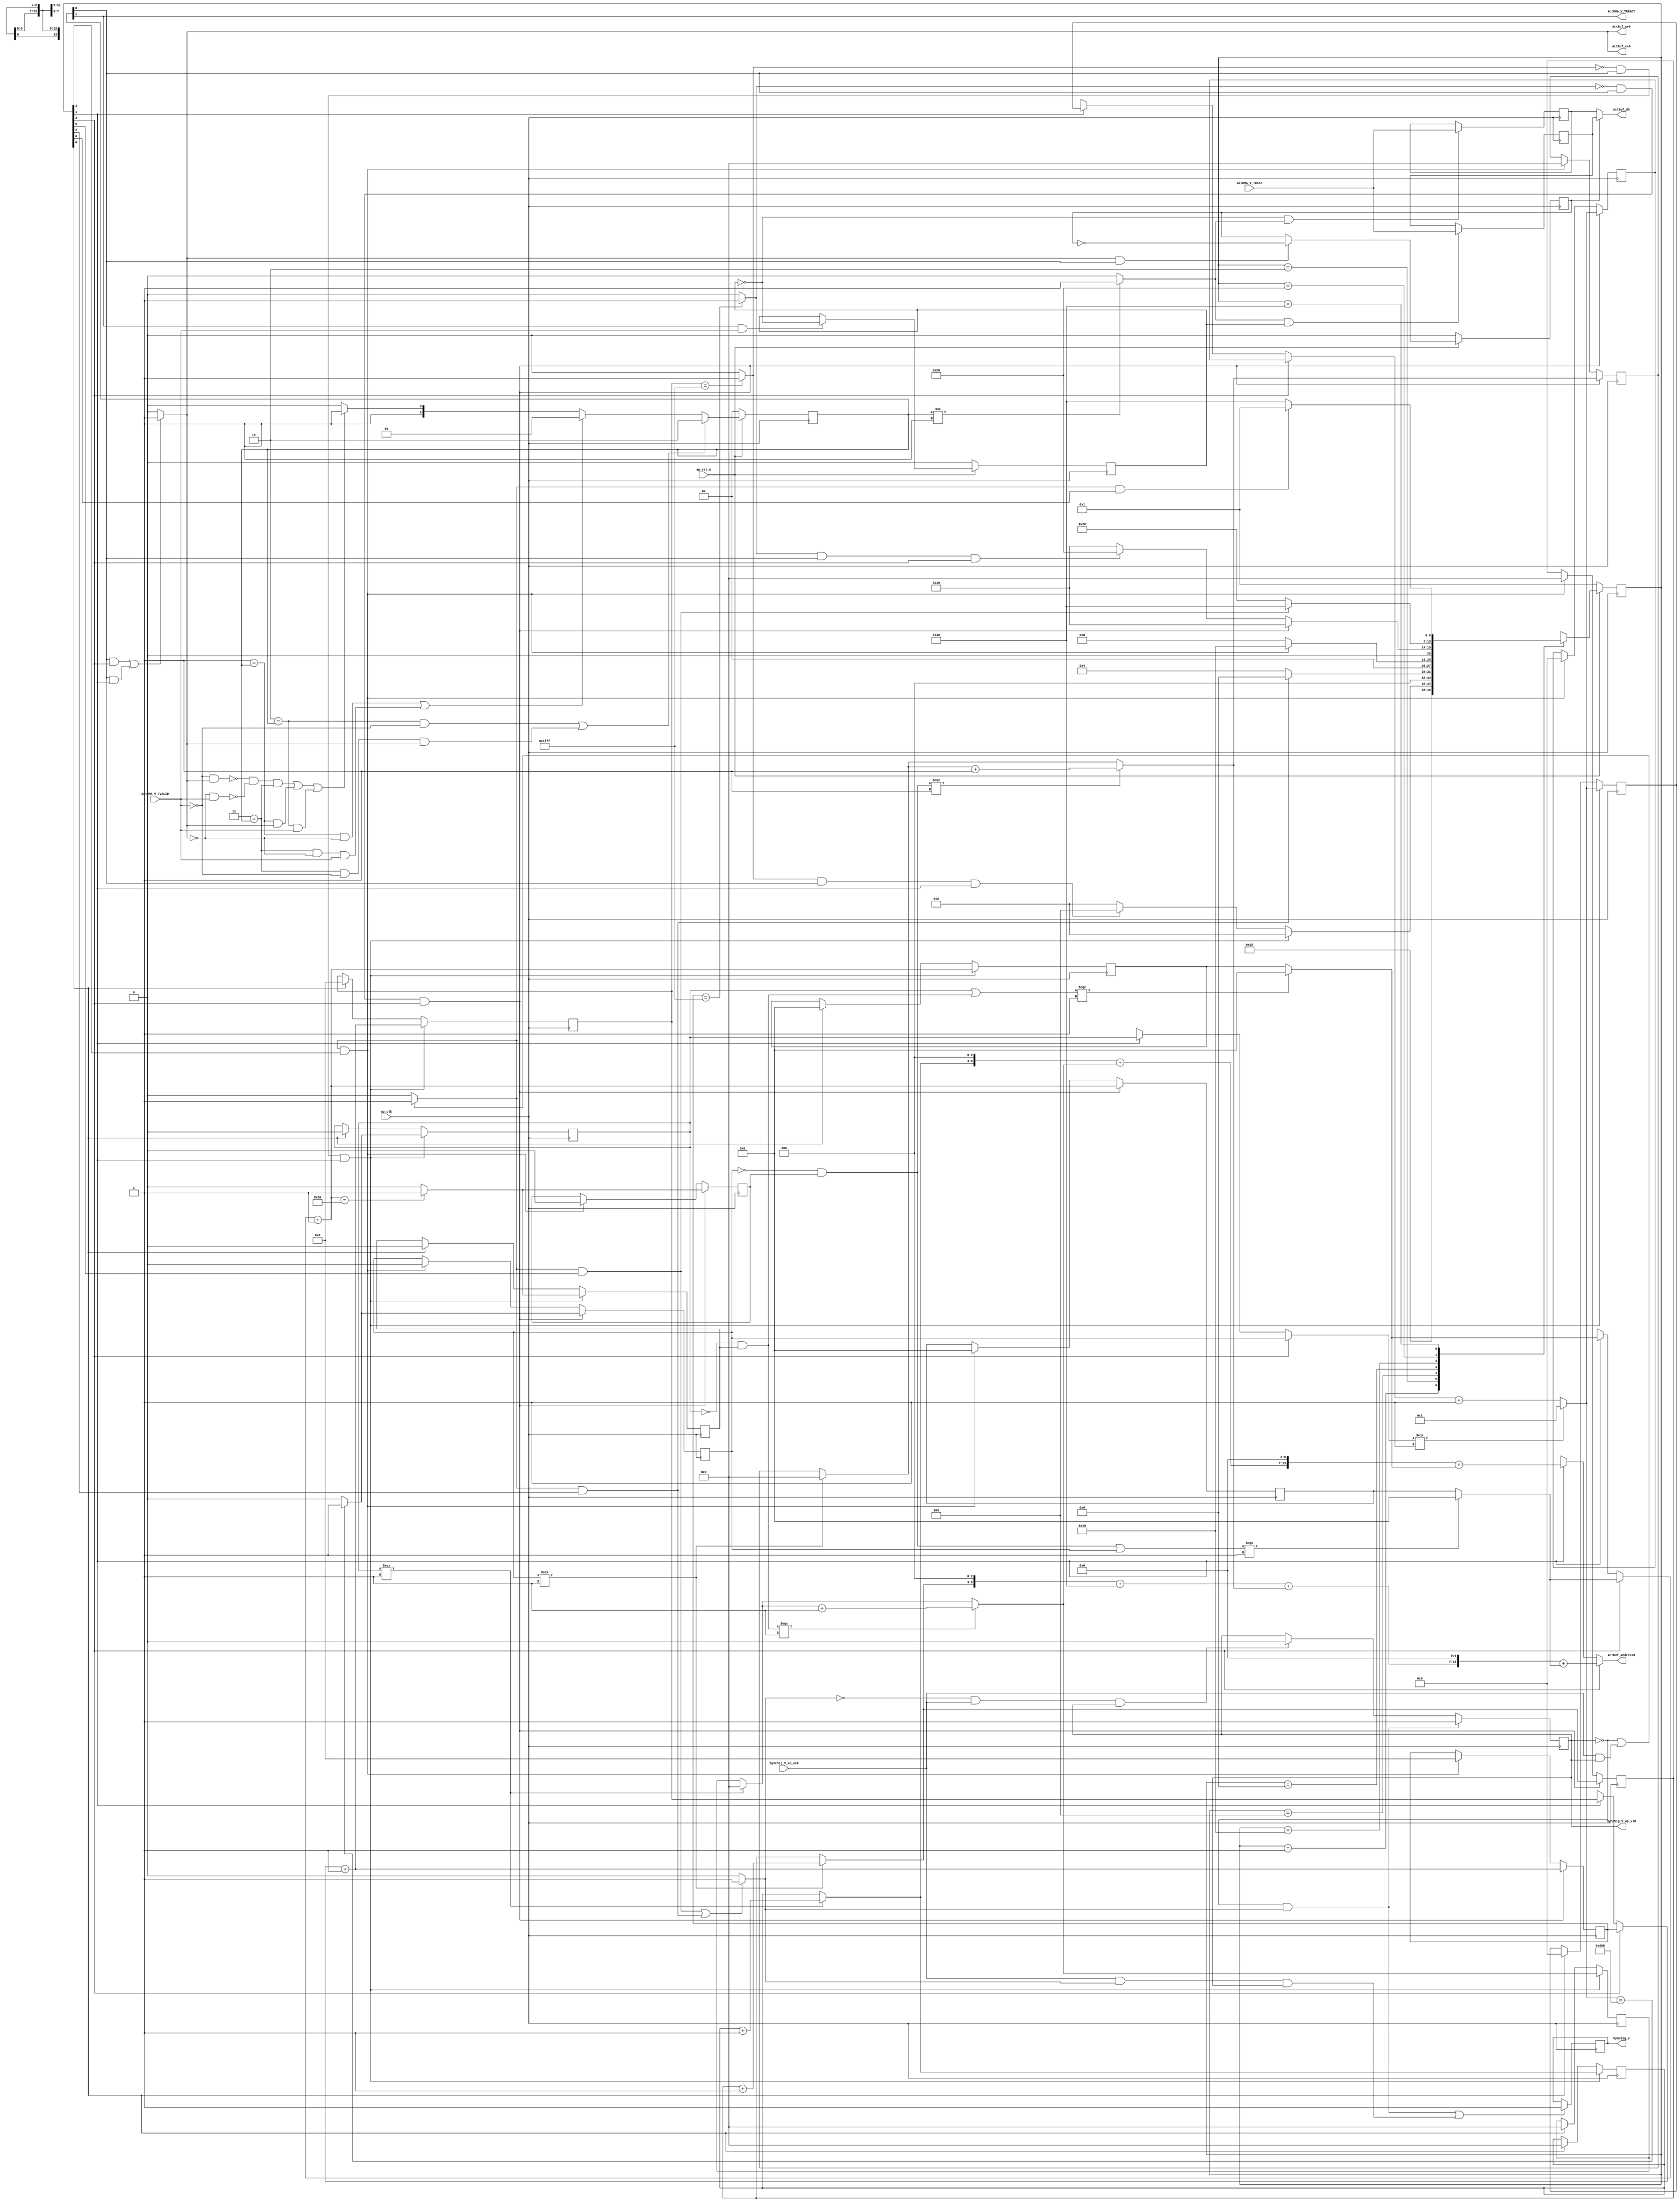
// ==============================================================
// RTL generated by Vivado(TM) HLS - High-Level Synthesis from C, C++ and SystemC
// Version: 2018.3
// Copyright (C) 1986-2018 Xilinx, Inc. All Rights Reserved.
// 
// ===========================================================

`timescale 1 ns / 1 ps 

(* CORE_GENERATION_INFO="Layer12_WriteAct,hls_ip_2018_3,{HLS_INPUT_TYPE=cxx,HLS_INPUT_FLOAT=0,HLS_INPUT_FIXED=0,HLS_INPUT_PART=xczu15eg-ffvb1156-2-i,HLS_INPUT_CLOCK=10.000000,HLS_INPUT_ARCH=others,HLS_SYN_CLOCK=4.709000,HLS_SYN_LAT=16388,HLS_SYN_TPT=none,HLS_SYN_MEM=0,HLS_SYN_DSP=0,HLS_SYN_FF=115,HLS_SYN_LUT=612,HLS_VERSION=2018_3}" *)

module Layer12_WriteAct (
        ap_clk,
        ap_rst_n,
        ActDMA_V_TDATA,
        ActDMA_V_TVALID,
        ActDMA_V_TREADY,
        SyncSig_V,
        SyncSig_V_ap_vld,
        SyncSig_V_ap_ack,
        ActBuf_address0,
        ActBuf_ce0,
        ActBuf_we0,
        ActBuf_d0
);

parameter    ap_ST_fsm_state1 = 7'd1;
parameter    ap_ST_fsm_state2 = 7'd2;
parameter    ap_ST_fsm_state3 = 7'd4;
parameter    ap_ST_fsm_state4 = 7'd8;
parameter    ap_ST_fsm_state5 = 7'd16;
parameter    ap_ST_fsm_state6 = 7'd32;
parameter    ap_ST_fsm_state7 = 7'd64;

input   ap_clk;
input   ap_rst_n;
input  [7:0] ActDMA_V_TDATA;
input   ActDMA_V_TVALID;
output   ActDMA_V_TREADY;
output   SyncSig_V;
output   SyncSig_V_ap_vld;
input   SyncSig_V_ap_ack;
output  [13:0] ActBuf_address0;
output   ActBuf_ce0;
output   ActBuf_we0;
output  [7:0] ActBuf_d0;

reg[13:0] ActBuf_address0;
reg ActBuf_ce0;
reg ActBuf_we0;

 reg    ap_rst_n_inv;
reg   [7:0] ActDMA_V_0_data_out;
wire    ActDMA_V_0_vld_in;
wire    ActDMA_V_0_vld_out;
wire    ActDMA_V_0_ack_in;
reg    ActDMA_V_0_ack_out;
reg   [7:0] ActDMA_V_0_payload_A;
reg   [7:0] ActDMA_V_0_payload_B;
reg    ActDMA_V_0_sel_rd;
reg    ActDMA_V_0_sel_wr;
wire    ActDMA_V_0_sel;
wire    ActDMA_V_0_load_A;
wire    ActDMA_V_0_load_B;
reg   [1:0] ActDMA_V_0_state;
wire    ActDMA_V_0_state_cmp_full;
reg    SyncSig_V_1_data_reg;
reg    SyncSig_V_1_vld_reg;
reg    SyncSig_V_1_vld_in;
reg    SyncSig_V_1_ack_in;
wire    SyncSig_V_1_ack_out;
reg    ActDMA_V_TDATA_blk_n;
(* fsm_encoding = "none" *) reg   [6:0] ap_CS_fsm;
wire    ap_CS_fsm_state2;
wire    ap_CS_fsm_state5;
reg    SyncSig_V_blk_n;
wire    ap_CS_fsm_state3;
wire    ap_CS_fsm_state4;
wire    ap_CS_fsm_state6;
wire    ap_CS_fsm_state7;
wire   [3:0] t_V_fu_286_p3;
wire   [3:0] t_V_6_fu_564_p3;
wire   [0:0] grp_fu_584_p2;
wire   [0:0] grp_fu_578_p2;
wire   [3:0] t_V_2_fu_334_p3;
wire   [3:0] t_V_7_fu_489_p3;
wire   [7:0] grp_fu_362_p2;
wire   [11:0] grp_fu_461_p3;
wire   [12:0] grp_fu_572_p2;
reg   [0:0] exitcond_flatten4_reg_126;
wire    ap_CS_fsm_state1;
wire   [0:0] exitcond_flatten1_fu_590_p2;
reg   [0:0] exitcond1_reg_137;
reg   [7:0] t_V_s_reg_148;
reg   [3:0] t_V_1_reg_159;
reg   [11:0] indvar_flatten_reg_170;
reg   [3:0] t_V9_reg_181;
reg   [12:0] indvar_flatten1_reg_192;
reg   [0:0] exitcond_flatten5_reg_203;
wire   [0:0] exitcond_flatten3_fu_429_p2;
reg   [0:0] exitcond6_reg_214;
reg   [7:0] t_V_3_reg_225;
reg   [3:0] t_V_4_reg_236;
reg   [11:0] indvar_flatten2_reg_247;
reg   [3:0] t_V_5_reg_258;
reg   [12:0] indvar_flatten3_reg_269;
wire   [63:0] tmp_15_cast_fu_386_p1;
wire   [63:0] tmp_23_cast_fu_547_p1;
wire   [3:0] t_V_2_mid_fu_306_p3;
wire   [3:0] r_V_fu_314_p2;
wire   [0:0] not_exitcond_flatten_fu_449_p2;
wire   [0:0] exitcond5_mid_fu_300_p2;
wire   [0:0] tmp_5_fu_320_p2;
wire   [3:0] c_V_fu_280_p2;
wire   [7:0] t_V_5_mid2_fu_481_p3;
wire   [6:0] tmp_8_fu_505_p3;
reg   [7:0] grp_fu_362_p0;
wire   [7:0] t_V_3_mid2_fu_326_p3;
wire   [7:0] tmp_s_fu_391_p2;
wire   [14:0] tmp_fu_368_p3;
wire   [15:0] tmp_14_cast_fu_376_p1;
wire   [15:0] tmp_6_cast_fu_497_p1;
wire   [15:0] tmp_1_fu_380_p2;
wire   [7:0] tmp_11_cast_fu_358_p1;
wire   [7:0] tmp_7_cast_fu_346_p1;
wire   [3:0] t_V_4_mid_fu_441_p3;
wire   [0:0] not_exitcond_flatten_2_fu_294_p2;
reg   [0:0] grp_fu_461_p0;
wire   [11:0] grp_fu_558_p2;
wire   [0:0] exitcond_mid_fu_455_p2;
wire   [0:0] tmp_2_fu_475_p2;
wire   [3:0] c_V_1_fu_435_p2;
wire   [6:0] tmp_4_fu_350_p3;
wire   [7:0] tmp_18_cast_fu_513_p1;
wire   [7:0] tmp_6_fu_517_p2;
wire   [7:0] tmp_4_cast_fu_501_p1;
wire   [7:0] tmp_7_fu_523_p2;
wire   [14:0] tmp_10_fu_529_p3;
wire   [15:0] tmp_22_cast_fu_537_p1;
wire   [15:0] tmp_cast_fu_342_p1;
wire   [15:0] tmp_11_fu_541_p2;
reg   [11:0] grp_fu_558_p0;
wire   [3:0] r_V_1_fu_469_p2;
reg   [12:0] grp_fu_572_p0;
reg   [6:0] ap_NS_fsm;

// power-on initialization
initial begin
#0 ActDMA_V_0_sel_rd = 1'b0;
#0 ActDMA_V_0_sel_wr = 1'b0;
#0 ActDMA_V_0_state = 2'd0;
#0 SyncSig_V_1_data_reg = 1'b0;
#0 SyncSig_V_1_vld_reg = 1'b0;
#0 ap_CS_fsm = 7'd1;
end

always @ (posedge ap_clk) begin
    if (ap_rst_n_inv == 1'b1) begin
        ActDMA_V_0_sel_rd <= 1'b0;
    end else begin
        if (((1'b1 == ActDMA_V_0_ack_out) & (1'b1 == ActDMA_V_0_vld_out))) begin
            ActDMA_V_0_sel_rd <= ~ActDMA_V_0_sel_rd;
        end
    end
end

always @ (posedge ap_clk) begin
    if (ap_rst_n_inv == 1'b1) begin
        ActDMA_V_0_sel_wr <= 1'b0;
    end else begin
        if (((1'b1 == ActDMA_V_0_ack_in) & (1'b1 == ActDMA_V_0_vld_in))) begin
            ActDMA_V_0_sel_wr <= ~ActDMA_V_0_sel_wr;
        end
    end
end

always @ (posedge ap_clk) begin
    if (ap_rst_n_inv == 1'b1) begin
        ActDMA_V_0_state <= 2'd0;
    end else begin
        if ((((2'd2 == ActDMA_V_0_state) & (1'b0 == ActDMA_V_0_vld_in)) | ((2'd3 == ActDMA_V_0_state) & (1'b0 == ActDMA_V_0_vld_in) & (1'b1 == ActDMA_V_0_ack_out)))) begin
            ActDMA_V_0_state <= 2'd2;
        end else if ((((2'd1 == ActDMA_V_0_state) & (1'b0 == ActDMA_V_0_ack_out)) | ((2'd3 == ActDMA_V_0_state) & (1'b0 == ActDMA_V_0_ack_out) & (1'b1 == ActDMA_V_0_vld_in)))) begin
            ActDMA_V_0_state <= 2'd1;
        end else if (((~((1'b0 == ActDMA_V_0_vld_in) & (1'b1 == ActDMA_V_0_ack_out)) & ~((1'b0 == ActDMA_V_0_ack_out) & (1'b1 == ActDMA_V_0_vld_in)) & (2'd3 == ActDMA_V_0_state)) | ((2'd1 == ActDMA_V_0_state) & (1'b1 == ActDMA_V_0_ack_out)) | ((2'd2 == ActDMA_V_0_state) & (1'b1 == ActDMA_V_0_vld_in)))) begin
            ActDMA_V_0_state <= 2'd3;
        end else begin
            ActDMA_V_0_state <= 2'd2;
        end
    end
end

always @ (posedge ap_clk) begin
    if (ap_rst_n_inv == 1'b1) begin
        ap_CS_fsm <= ap_ST_fsm_state1;
    end else begin
        ap_CS_fsm <= ap_NS_fsm;
    end
end

always @ (posedge ap_clk) begin
    if (((1'b0 == SyncSig_V_1_vld_reg) & (1'b1 == SyncSig_V_1_vld_in))) begin
        SyncSig_V_1_vld_reg <= 1'b1;
    end else if (((1'b0 == SyncSig_V_1_vld_in) & (1'b1 == SyncSig_V_1_ack_out) & (1'b1 == SyncSig_V_1_vld_reg))) begin
        SyncSig_V_1_vld_reg <= 1'b0;
    end
end

always @ (posedge ap_clk) begin
    if (((exitcond_flatten1_fu_590_p2 == 1'd0) & (1'b1 == ActDMA_V_0_vld_out) & (1'b1 == ap_CS_fsm_state2))) begin
        exitcond1_reg_137 <= grp_fu_584_p2;
    end else if ((1'b1 == ap_CS_fsm_state1)) begin
        exitcond1_reg_137 <= 1'd0;
    end
end

always @ (posedge ap_clk) begin
    if (((exitcond_flatten3_fu_429_p2 == 1'd0) & (1'b1 == ActDMA_V_0_vld_out) & (1'b1 == ap_CS_fsm_state5))) begin
        exitcond6_reg_214 <= grp_fu_584_p2;
    end else if (((1'b1 == SyncSig_V_1_ack_in) & (1'b1 == ap_CS_fsm_state4))) begin
        exitcond6_reg_214 <= 1'd0;
    end
end

always @ (posedge ap_clk) begin
    if (((exitcond_flatten1_fu_590_p2 == 1'd0) & (1'b1 == ActDMA_V_0_vld_out) & (1'b1 == ap_CS_fsm_state2))) begin
        exitcond_flatten4_reg_126 <= grp_fu_578_p2;
    end else if ((1'b1 == ap_CS_fsm_state1)) begin
        exitcond_flatten4_reg_126 <= 1'd0;
    end
end

always @ (posedge ap_clk) begin
    if (((exitcond_flatten3_fu_429_p2 == 1'd0) & (1'b1 == ActDMA_V_0_vld_out) & (1'b1 == ap_CS_fsm_state5))) begin
        exitcond_flatten5_reg_203 <= grp_fu_578_p2;
    end else if (((1'b1 == SyncSig_V_1_ack_in) & (1'b1 == ap_CS_fsm_state4))) begin
        exitcond_flatten5_reg_203 <= 1'd0;
    end
end

always @ (posedge ap_clk) begin
    if (((exitcond_flatten1_fu_590_p2 == 1'd0) & (1'b1 == ActDMA_V_0_vld_out) & (1'b1 == ap_CS_fsm_state2))) begin
        indvar_flatten1_reg_192 <= grp_fu_572_p2;
    end else if ((1'b1 == ap_CS_fsm_state1)) begin
        indvar_flatten1_reg_192 <= 13'd0;
    end
end

always @ (posedge ap_clk) begin
    if (((exitcond_flatten3_fu_429_p2 == 1'd0) & (1'b1 == ActDMA_V_0_vld_out) & (1'b1 == ap_CS_fsm_state5))) begin
        indvar_flatten2_reg_247 <= grp_fu_461_p3;
    end else if (((1'b1 == SyncSig_V_1_ack_in) & (1'b1 == ap_CS_fsm_state4))) begin
        indvar_flatten2_reg_247 <= 12'd0;
    end
end

always @ (posedge ap_clk) begin
    if (((exitcond_flatten3_fu_429_p2 == 1'd0) & (1'b1 == ActDMA_V_0_vld_out) & (1'b1 == ap_CS_fsm_state5))) begin
        indvar_flatten3_reg_269 <= grp_fu_572_p2;
    end else if (((1'b1 == SyncSig_V_1_ack_in) & (1'b1 == ap_CS_fsm_state4))) begin
        indvar_flatten3_reg_269 <= 13'd0;
    end
end

always @ (posedge ap_clk) begin
    if (((exitcond_flatten1_fu_590_p2 == 1'd0) & (1'b1 == ActDMA_V_0_vld_out) & (1'b1 == ap_CS_fsm_state2))) begin
        indvar_flatten_reg_170 <= grp_fu_461_p3;
    end else if ((1'b1 == ap_CS_fsm_state1)) begin
        indvar_flatten_reg_170 <= 12'd0;
    end
end

always @ (posedge ap_clk) begin
    if (((exitcond_flatten1_fu_590_p2 == 1'd0) & (1'b1 == ActDMA_V_0_vld_out) & (1'b1 == ap_CS_fsm_state2))) begin
        t_V9_reg_181 <= t_V_fu_286_p3;
    end else if ((1'b1 == ap_CS_fsm_state1)) begin
        t_V9_reg_181 <= 4'd0;
    end
end

always @ (posedge ap_clk) begin
    if (((exitcond_flatten1_fu_590_p2 == 1'd0) & (1'b1 == ActDMA_V_0_vld_out) & (1'b1 == ap_CS_fsm_state2))) begin
        t_V_1_reg_159 <= t_V_2_fu_334_p3;
    end else if ((1'b1 == ap_CS_fsm_state1)) begin
        t_V_1_reg_159 <= 4'd0;
    end
end

always @ (posedge ap_clk) begin
    if (((exitcond_flatten3_fu_429_p2 == 1'd0) & (1'b1 == ActDMA_V_0_vld_out) & (1'b1 == ap_CS_fsm_state5))) begin
        t_V_3_reg_225 <= grp_fu_362_p2;
    end else if (((1'b1 == SyncSig_V_1_ack_in) & (1'b1 == ap_CS_fsm_state4))) begin
        t_V_3_reg_225 <= 8'd0;
    end
end

always @ (posedge ap_clk) begin
    if (((exitcond_flatten3_fu_429_p2 == 1'd0) & (1'b1 == ActDMA_V_0_vld_out) & (1'b1 == ap_CS_fsm_state5))) begin
        t_V_4_reg_236 <= t_V_7_fu_489_p3;
    end else if (((1'b1 == SyncSig_V_1_ack_in) & (1'b1 == ap_CS_fsm_state4))) begin
        t_V_4_reg_236 <= 4'd0;
    end
end

always @ (posedge ap_clk) begin
    if (((exitcond_flatten3_fu_429_p2 == 1'd0) & (1'b1 == ActDMA_V_0_vld_out) & (1'b1 == ap_CS_fsm_state5))) begin
        t_V_5_reg_258 <= t_V_6_fu_564_p3;
    end else if (((1'b1 == SyncSig_V_1_ack_in) & (1'b1 == ap_CS_fsm_state4))) begin
        t_V_5_reg_258 <= 4'd0;
    end
end

always @ (posedge ap_clk) begin
    if (((exitcond_flatten1_fu_590_p2 == 1'd0) & (1'b1 == ActDMA_V_0_vld_out) & (1'b1 == ap_CS_fsm_state2))) begin
        t_V_s_reg_148 <= grp_fu_362_p2;
    end else if ((1'b1 == ap_CS_fsm_state1)) begin
        t_V_s_reg_148 <= 8'd0;
    end
end

always @ (posedge ap_clk) begin
    if ((1'b1 == ActDMA_V_0_load_A)) begin
        ActDMA_V_0_payload_A <= ActDMA_V_TDATA;
    end
end

always @ (posedge ap_clk) begin
    if ((1'b1 == ActDMA_V_0_load_B)) begin
        ActDMA_V_0_payload_B <= ActDMA_V_TDATA;
    end
end

always @ (posedge ap_clk) begin
    if ((((1'b0 == SyncSig_V_1_vld_reg) & (1'b1 == SyncSig_V_1_vld_in)) | ((1'b1 == SyncSig_V_1_ack_out) & (1'b1 == SyncSig_V_1_vld_in) & (1'b1 == SyncSig_V_1_vld_reg)))) begin
        SyncSig_V_1_data_reg <= 1'd1;
    end
end

always @ (*) begin
    if ((1'b1 == ap_CS_fsm_state5)) begin
        ActBuf_address0 = tmp_23_cast_fu_547_p1;
    end else if ((1'b1 == ap_CS_fsm_state2)) begin
        ActBuf_address0 = tmp_15_cast_fu_386_p1;
    end else begin
        ActBuf_address0 = 'bx;
    end
end

always @ (*) begin
    if ((((1'b1 == ActDMA_V_0_vld_out) & (1'b1 == ap_CS_fsm_state5)) | ((1'b1 == ActDMA_V_0_vld_out) & (1'b1 == ap_CS_fsm_state2)))) begin
        ActBuf_ce0 = 1'b1;
    end else begin
        ActBuf_ce0 = 1'b0;
    end
end

always @ (*) begin
    if ((((1'b1 == ActDMA_V_0_vld_out) & (1'b1 == ap_CS_fsm_state5)) | ((1'b1 == ActDMA_V_0_vld_out) & (1'b1 == ap_CS_fsm_state2)))) begin
        ActBuf_we0 = 1'b1;
    end else begin
        ActBuf_we0 = 1'b0;
    end
end

always @ (*) begin
    if ((((1'b1 == ActDMA_V_0_vld_out) & (1'b1 == ap_CS_fsm_state5)) | ((1'b1 == ActDMA_V_0_vld_out) & (1'b1 == ap_CS_fsm_state2)))) begin
        ActDMA_V_0_ack_out = 1'b1;
    end else begin
        ActDMA_V_0_ack_out = 1'b0;
    end
end

always @ (*) begin
    if ((1'b1 == ActDMA_V_0_sel)) begin
        ActDMA_V_0_data_out = ActDMA_V_0_payload_B;
    end else begin
        ActDMA_V_0_data_out = ActDMA_V_0_payload_A;
    end
end

always @ (*) begin
    if (((1'b1 == ap_CS_fsm_state5) | (1'b1 == ap_CS_fsm_state2))) begin
        ActDMA_V_TDATA_blk_n = ActDMA_V_0_state[1'd0];
    end else begin
        ActDMA_V_TDATA_blk_n = 1'b1;
    end
end

always @ (*) begin
    if (((1'b0 == SyncSig_V_1_vld_reg) | ((1'b1 == SyncSig_V_1_ack_out) & (1'b1 == SyncSig_V_1_vld_reg)))) begin
        SyncSig_V_1_ack_in = 1'b1;
    end else begin
        SyncSig_V_1_ack_in = 1'b0;
    end
end

always @ (*) begin
    if ((((1'b1 == SyncSig_V_1_ack_in) & (1'b1 == ap_CS_fsm_state6)) | ((1'b1 == SyncSig_V_1_ack_in) & (1'b1 == ap_CS_fsm_state3)))) begin
        SyncSig_V_1_vld_in = 1'b1;
    end else begin
        SyncSig_V_1_vld_in = 1'b0;
    end
end

always @ (*) begin
    if (((1'b1 == ap_CS_fsm_state7) | (1'b1 == ap_CS_fsm_state6) | (1'b1 == ap_CS_fsm_state4) | (1'b1 == ap_CS_fsm_state3))) begin
        SyncSig_V_blk_n = SyncSig_V_1_ack_in;
    end else begin
        SyncSig_V_blk_n = 1'b1;
    end
end

always @ (*) begin
    if ((1'b1 == ap_CS_fsm_state5)) begin
        grp_fu_362_p0 = t_V_5_mid2_fu_481_p3;
    end else if ((1'b1 == ap_CS_fsm_state2)) begin
        grp_fu_362_p0 = t_V_3_mid2_fu_326_p3;
    end else begin
        grp_fu_362_p0 = 'bx;
    end
end

always @ (*) begin
    if ((1'b1 == ap_CS_fsm_state5)) begin
        grp_fu_461_p0 = exitcond_flatten5_reg_203;
    end else if ((1'b1 == ap_CS_fsm_state2)) begin
        grp_fu_461_p0 = exitcond_flatten4_reg_126;
    end else begin
        grp_fu_461_p0 = 'bx;
    end
end

always @ (*) begin
    if ((1'b1 == ap_CS_fsm_state5)) begin
        grp_fu_558_p0 = indvar_flatten2_reg_247;
    end else if ((1'b1 == ap_CS_fsm_state2)) begin
        grp_fu_558_p0 = indvar_flatten_reg_170;
    end else begin
        grp_fu_558_p0 = 'bx;
    end
end

always @ (*) begin
    if ((1'b1 == ap_CS_fsm_state5)) begin
        grp_fu_572_p0 = indvar_flatten3_reg_269;
    end else if ((1'b1 == ap_CS_fsm_state2)) begin
        grp_fu_572_p0 = indvar_flatten1_reg_192;
    end else begin
        grp_fu_572_p0 = 'bx;
    end
end

always @ (*) begin
    case (ap_CS_fsm)
        ap_ST_fsm_state1 : begin
            ap_NS_fsm = ap_ST_fsm_state2;
        end
        ap_ST_fsm_state2 : begin
            if (((exitcond_flatten1_fu_590_p2 == 1'd0) & (1'b1 == ActDMA_V_0_vld_out) & (1'b1 == ap_CS_fsm_state2))) begin
                ap_NS_fsm = ap_ST_fsm_state2;
            end else if (((exitcond_flatten1_fu_590_p2 == 1'd1) & (1'b1 == ActDMA_V_0_vld_out) & (1'b1 == ap_CS_fsm_state2))) begin
                ap_NS_fsm = ap_ST_fsm_state3;
            end else begin
                ap_NS_fsm = ap_ST_fsm_state2;
            end
        end
        ap_ST_fsm_state3 : begin
            if (((1'b1 == SyncSig_V_1_ack_in) & (1'b1 == ap_CS_fsm_state3))) begin
                ap_NS_fsm = ap_ST_fsm_state4;
            end else begin
                ap_NS_fsm = ap_ST_fsm_state3;
            end
        end
        ap_ST_fsm_state4 : begin
            if (((1'b1 == SyncSig_V_1_ack_in) & (1'b1 == ap_CS_fsm_state4))) begin
                ap_NS_fsm = ap_ST_fsm_state5;
            end else begin
                ap_NS_fsm = ap_ST_fsm_state4;
            end
        end
        ap_ST_fsm_state5 : begin
            if (((exitcond_flatten3_fu_429_p2 == 1'd0) & (1'b1 == ActDMA_V_0_vld_out) & (1'b1 == ap_CS_fsm_state5))) begin
                ap_NS_fsm = ap_ST_fsm_state5;
            end else if (((exitcond_flatten3_fu_429_p2 == 1'd1) & (1'b1 == ActDMA_V_0_vld_out) & (1'b1 == ap_CS_fsm_state5))) begin
                ap_NS_fsm = ap_ST_fsm_state6;
            end else begin
                ap_NS_fsm = ap_ST_fsm_state5;
            end
        end
        ap_ST_fsm_state6 : begin
            if (((1'b1 == SyncSig_V_1_ack_in) & (1'b1 == ap_CS_fsm_state6))) begin
                ap_NS_fsm = ap_ST_fsm_state7;
            end else begin
                ap_NS_fsm = ap_ST_fsm_state6;
            end
        end
        ap_ST_fsm_state7 : begin
            if (((1'b1 == SyncSig_V_1_ack_in) & (1'b1 == ap_CS_fsm_state7))) begin
                ap_NS_fsm = ap_ST_fsm_state1;
            end else begin
                ap_NS_fsm = ap_ST_fsm_state7;
            end
        end
        default : begin
            ap_NS_fsm = 'bx;
        end
    endcase
end

assign ActBuf_d0 = ActDMA_V_0_data_out;

assign ActDMA_V_0_ack_in = ActDMA_V_0_state[1'd1];

assign ActDMA_V_0_load_A = (~ActDMA_V_0_sel_wr & ActDMA_V_0_state_cmp_full);

assign ActDMA_V_0_load_B = (ActDMA_V_0_state_cmp_full & ActDMA_V_0_sel_wr);

assign ActDMA_V_0_sel = ActDMA_V_0_sel_rd;

assign ActDMA_V_0_state_cmp_full = ((ActDMA_V_0_state != 2'd1) ? 1'b1 : 1'b0);

assign ActDMA_V_0_vld_in = ActDMA_V_TVALID;

assign ActDMA_V_0_vld_out = ActDMA_V_0_state[1'd0];

assign ActDMA_V_TREADY = ActDMA_V_0_state[1'd1];

assign SyncSig_V = SyncSig_V_1_data_reg;

assign SyncSig_V_1_ack_out = SyncSig_V_ap_ack;

assign SyncSig_V_ap_vld = SyncSig_V_1_vld_reg;

assign ap_CS_fsm_state1 = ap_CS_fsm[32'd0];

assign ap_CS_fsm_state2 = ap_CS_fsm[32'd1];

assign ap_CS_fsm_state3 = ap_CS_fsm[32'd2];

assign ap_CS_fsm_state4 = ap_CS_fsm[32'd3];

assign ap_CS_fsm_state5 = ap_CS_fsm[32'd4];

assign ap_CS_fsm_state6 = ap_CS_fsm[32'd5];

assign ap_CS_fsm_state7 = ap_CS_fsm[32'd6];

always @ (*) begin
    ap_rst_n_inv = ~ap_rst_n;
end

assign c_V_1_fu_435_p2 = (t_V_4_mid_fu_441_p3 + 4'd1);

assign c_V_fu_280_p2 = (t_V_2_mid_fu_306_p3 + 4'd1);

assign exitcond5_mid_fu_300_p2 = (not_exitcond_flatten_fu_449_p2 & exitcond1_reg_137);

assign exitcond_flatten1_fu_590_p2 = ((indvar_flatten1_reg_192 == 13'd8191) ? 1'b1 : 1'b0);

assign exitcond_flatten3_fu_429_p2 = ((indvar_flatten3_reg_269 == 13'd8191) ? 1'b1 : 1'b0);

assign exitcond_mid_fu_455_p2 = (not_exitcond_flatten_2_fu_294_p2 & exitcond6_reg_214);

assign grp_fu_362_p2 = (grp_fu_362_p0 + 8'd1);

assign grp_fu_461_p3 = ((grp_fu_461_p0[0:0] === 1'b1) ? 12'd1 : grp_fu_558_p2);

assign grp_fu_558_p2 = (grp_fu_558_p0 + 12'd1);

assign grp_fu_572_p2 = (grp_fu_572_p0 + 13'd1);

assign grp_fu_578_p2 = ((grp_fu_461_p3 == 12'd1024) ? 1'b1 : 1'b0);

assign grp_fu_584_p2 = ((grp_fu_362_p2 == 8'd128) ? 1'b1 : 1'b0);

assign not_exitcond_flatten_2_fu_294_p2 = (exitcond_flatten5_reg_203 ^ 1'd1);

assign not_exitcond_flatten_fu_449_p2 = (exitcond_flatten4_reg_126 ^ 1'd1);

assign r_V_1_fu_469_p2 = (t_V_5_reg_258 + 4'd1);

assign r_V_fu_314_p2 = (t_V9_reg_181 + 4'd1);

assign t_V_2_fu_334_p3 = ((exitcond5_mid_fu_300_p2[0:0] === 1'b1) ? c_V_fu_280_p2 : t_V_2_mid_fu_306_p3);

assign t_V_2_mid_fu_306_p3 = ((exitcond_flatten4_reg_126[0:0] === 1'b1) ? 4'd0 : t_V_1_reg_159);

assign t_V_3_mid2_fu_326_p3 = ((tmp_5_fu_320_p2[0:0] === 1'b1) ? 8'd0 : t_V_s_reg_148);

assign t_V_4_mid_fu_441_p3 = ((exitcond_flatten5_reg_203[0:0] === 1'b1) ? 4'd0 : t_V_4_reg_236);

assign t_V_5_mid2_fu_481_p3 = ((tmp_2_fu_475_p2[0:0] === 1'b1) ? 8'd0 : t_V_3_reg_225);

assign t_V_6_fu_564_p3 = ((exitcond_flatten5_reg_203[0:0] === 1'b1) ? r_V_1_fu_469_p2 : t_V_5_reg_258);

assign t_V_7_fu_489_p3 = ((exitcond_mid_fu_455_p2[0:0] === 1'b1) ? c_V_1_fu_435_p2 : t_V_4_mid_fu_441_p3);

assign t_V_fu_286_p3 = ((exitcond_flatten4_reg_126[0:0] === 1'b1) ? r_V_fu_314_p2 : t_V9_reg_181);

assign tmp_10_fu_529_p3 = {{tmp_7_fu_523_p2}, {7'd0}};

assign tmp_11_cast_fu_358_p1 = tmp_8_fu_505_p3;

assign tmp_11_fu_541_p2 = (tmp_22_cast_fu_537_p1 + tmp_cast_fu_342_p1);

assign tmp_14_cast_fu_376_p1 = tmp_fu_368_p3;

assign tmp_15_cast_fu_386_p1 = tmp_1_fu_380_p2;

assign tmp_18_cast_fu_513_p1 = tmp_4_fu_350_p3;

assign tmp_1_fu_380_p2 = (tmp_14_cast_fu_376_p1 + tmp_6_cast_fu_497_p1);

assign tmp_22_cast_fu_537_p1 = tmp_10_fu_529_p3;

assign tmp_23_cast_fu_547_p1 = tmp_11_fu_541_p2;

assign tmp_2_fu_475_p2 = (exitcond_mid_fu_455_p2 | exitcond_flatten5_reg_203);

assign tmp_4_cast_fu_501_p1 = t_V_7_fu_489_p3;

assign tmp_4_fu_350_p3 = {{t_V_6_fu_564_p3}, {3'd0}};

assign tmp_5_fu_320_p2 = (exitcond_flatten4_reg_126 | exitcond5_mid_fu_300_p2);

assign tmp_6_cast_fu_497_p1 = t_V_3_mid2_fu_326_p3;

assign tmp_6_fu_517_p2 = (tmp_18_cast_fu_513_p1 + 8'd64);

assign tmp_7_cast_fu_346_p1 = t_V_2_fu_334_p3;

assign tmp_7_fu_523_p2 = (tmp_6_fu_517_p2 + tmp_4_cast_fu_501_p1);

assign tmp_8_fu_505_p3 = {{t_V_fu_286_p3}, {3'd0}};

assign tmp_cast_fu_342_p1 = t_V_5_mid2_fu_481_p3;

assign tmp_fu_368_p3 = {{tmp_s_fu_391_p2}, {7'd0}};

assign tmp_s_fu_391_p2 = (tmp_11_cast_fu_358_p1 + tmp_7_cast_fu_346_p1);

endmodule //Layer12_WriteAct